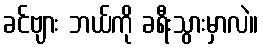
ခင်ဗျား ဘယ်ကို ခရီးသွားမှာလဲ။